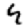
Digit: 4